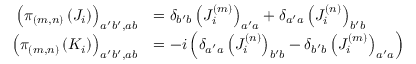
{ \begin{array} { r l } { \left( \pi _ { ( m , n ) } \left( J _ { i } \right) \right) _ { a ^ { \prime } b ^ { \prime } , a b } } & { = \delta _ { b ^ { \prime } b } \left( J _ { i } ^ { ( m ) } \right) _ { a ^ { \prime } a } + \delta _ { a ^ { \prime } a } \left( J _ { i } ^ { ( n ) } \right) _ { b ^ { \prime } b } } \\ { \left( \pi _ { ( m , n ) } \left( K _ { i } \right) \right) _ { a ^ { \prime } b ^ { \prime } , a b } } & { = - i \left( \delta _ { a ^ { \prime } a } \left( J _ { i } ^ { ( n ) } \right) _ { b ^ { \prime } b } - \delta _ { b ^ { \prime } b } \left( J _ { i } ^ { ( m ) } \right) _ { a ^ { \prime } a } \right) } \end{array} }